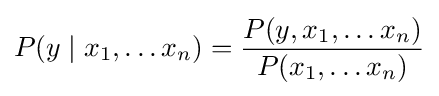
P(y\mid x_{1},\ldots x_{n})={\frac {P(y,x_{1},\ldots x_{n})}{P(x_{1},\ldots x_{n})}}